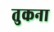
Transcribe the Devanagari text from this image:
तुकना